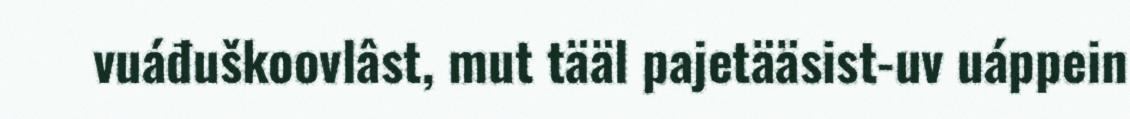
vuáđuškoovlâst, mut tääl pajetääsist-uv uáppein